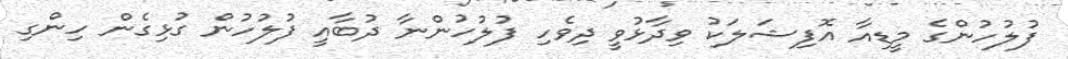
ފުލުހުންގެ މީޑިއާ އޮފިޝަލަކު ވިދާޅުވީ ދިވެހި ފުލުހުންނާ ދުބާއީ ފުލުހުން ގުޅިގެން ހިންގި